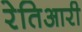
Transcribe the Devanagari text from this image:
रेतिआरी